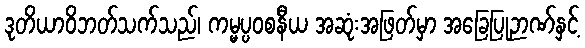
ဒုတိယာဝိဘတ်သက်သည်၊ ကမ္မပ္ပဝစနီယ အဆုံးအဖြတ်မှာ အခြေပြုဉာဏ်နှင့်